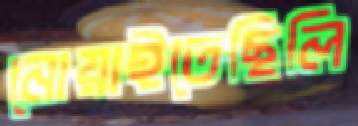
নোয়াইতেছিলি